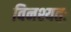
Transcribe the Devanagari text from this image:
विनश्यतः